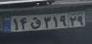
۱۴ق۳۱۹۲۹